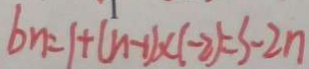
b n = 1 + ( n - 1 ) \times ( - 2 ) = 3 - 2 n